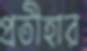
প্রতীহার